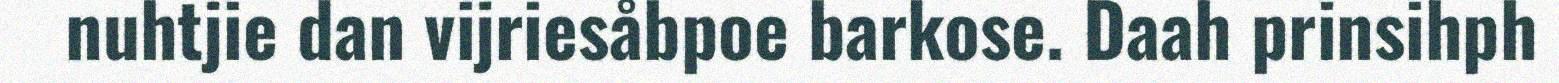
nuhtjie dan vijriesåbpoe barkose. Daah prinsihph